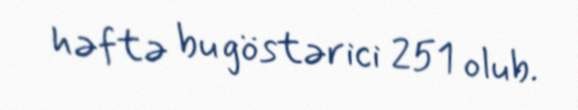
həftə bu göstərici 251 olub.